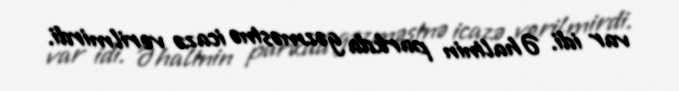
var idi. Əhalinin parkda gəzməsinə icazə verilmirdi.